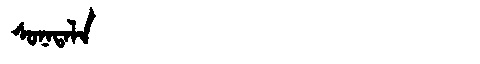
Manchu: ᠰᠣᠨᠠᡨᠠᠯᠠ
Romanization: SONATALA